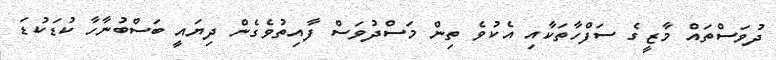
ދުވަސްތައް މާޒީގެ ސަފްހާތަކާއި އެކުވެ ތިން މަސްދުވަސް ފާއިތުވެގެން ދިޔައީ ބަސްބުނާހާ ކުޑަކުޑަ